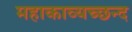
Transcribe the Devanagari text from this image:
महाकाव्यच्छन्द